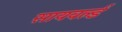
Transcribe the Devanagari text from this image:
सायवर्ल्ड